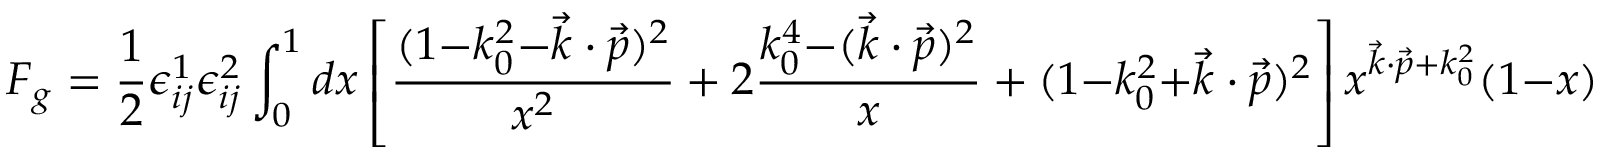
F _ { g } = { \frac { 1 } { 2 } } \epsilon _ { i j } ^ { 1 } \epsilon _ { i j } ^ { 2 } \int _ { 0 } ^ { 1 } d x \left[ { \frac { ( 1 { - } k _ { 0 } ^ { 2 } { - } \vec { k } \cdot \vec { p } ) ^ { 2 } } { x ^ { 2 } } } + 2 { \frac { k _ { 0 } ^ { 4 } { - } ( \vec { k } \cdot \vec { p } ) ^ { 2 } } { x } } + ( 1 { - } k _ { 0 } ^ { 2 } { + } \vec { k } \cdot \vec { p } ) ^ { 2 } \right] x ^ { \vec { k } \cdot \vec { p } + k _ { 0 } ^ { 2 } } ( 1 - x ) ^ { - 2 k _ { 0 } ^ { 2 } } \, .